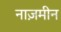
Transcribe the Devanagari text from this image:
नाज़मीन